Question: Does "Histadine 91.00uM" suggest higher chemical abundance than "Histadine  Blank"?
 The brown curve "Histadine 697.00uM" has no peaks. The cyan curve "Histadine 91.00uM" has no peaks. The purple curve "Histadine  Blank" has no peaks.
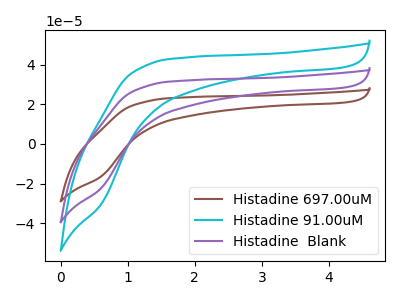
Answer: <think>Neither "Histadine 91.00uM" or "Histadine  Blank" have any peaks.
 </think>
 <answer>I cant tell if "Histadine 91.00uM" or "Histadine  Blank" has more signal.</answer>
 <eval>mixed_signal</eval>